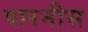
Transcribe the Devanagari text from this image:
पारनीस